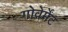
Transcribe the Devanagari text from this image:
गोवेर्मेंट